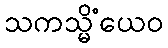
သကသ္မိံယေဝ